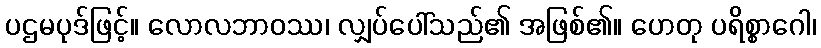
ပဌမပုဒ်ဖြင့်။ လောလဘာဝဿ၊ လျှပ်ပေါ်သည်၏ အဖြစ်၏။ ဟေတု ပရိစ္စာဂေါ၊